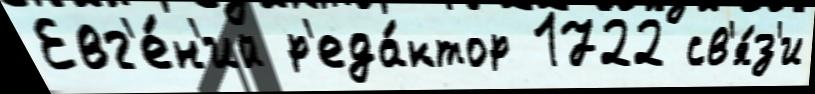
Евг'е́н'ий р'еда́ктор 1722 св'я́з'и